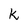
Character: k